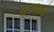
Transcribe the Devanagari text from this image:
धनयंत्राचे